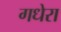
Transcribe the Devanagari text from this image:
गधेरा